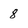
Character: 8